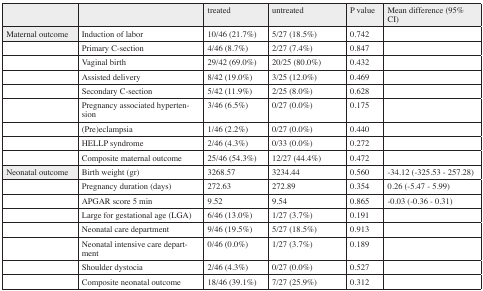
|  |  | treated | untreated | P-value | Mean difference (95% CI) |
 | --- | --- | --- | --- | --- | --- |
 | Maternal outcome | Induction of labor | 10/46 (21.7%) | 5/27 (18.5%) | 0.742 |  |
 |  | Primary C-section | 4/46 (8.7%) | 2/27 (7.4%) | 0.847 |  |
 |  | Vaginal birth | 29/42 (69.0%) | 20/25 (80.0%) | 0.432 |  |
 |  | Assisted delivery | 8/42 (19.0%) | 3/25 (12.0%) | 0.469 |  |
 |  | Secondary C-section | 5/42 (11.9%) | 2/25 (8.0%) | 0.628 |  |
 |  | Pregnancy associated hypertension | 3/46 (6.5%) | 0/27 (0.0%) | 0.175 |  |
 |  | (Pre)eclampsia | 1/46 (2.2%) | 0/27 (0.0%) | 0.440 |  |
 |  | HELLP syndrome | 2/46 (4.3%) | 0/33 (0.0%) | 0.272 |  |
 |  | Composite maternal outcome | 25/46 (54.3%) | 12/27 (44.4%) | 0.472 |  |
 | Neonatal outcome | Birth weight (grams) | 3268.57 | 3234.44 | 0.560 | -34.12 (-325.53 - 257.28) |
 |  | Pregnancy duration (days) | 272.63 | 272.89 | 0.354 | 0.26 (-5.47 - 5.99) |
 |  | APGAR score 5 min | 9.52 | 9.54 | 0.865 | -0.03 (-0.36 - 0.31) |
 |  | Large for gestational age (LGA) | 6/46 (13.0%) | 1/27 (3.7%) | 0.191 |  |
 |  | Neonatal care department | 9/46 (19.5%) | 5/27 (18.5%) | 0.913 |  |
 |  | Neonatal intensive care department | 0/46 (0.0%) | 1/27 (3.7%) | 0.189 |  |
 |  | Shoulder dystocia | 2/46 (4.3%) | 0/27 (0.0%) | 0.527 |  |
 |  | Composite neonatal outcome | 18/46 (39.1%) | 7/27 (25.9%) | 0.312 |  |